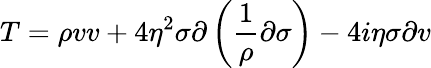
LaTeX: T=\rho vv+4\eta^{2}\sigma\partial\left(\frac{1}{\rho}\partial\sigma\right)-4i\eta\sigma\partial v